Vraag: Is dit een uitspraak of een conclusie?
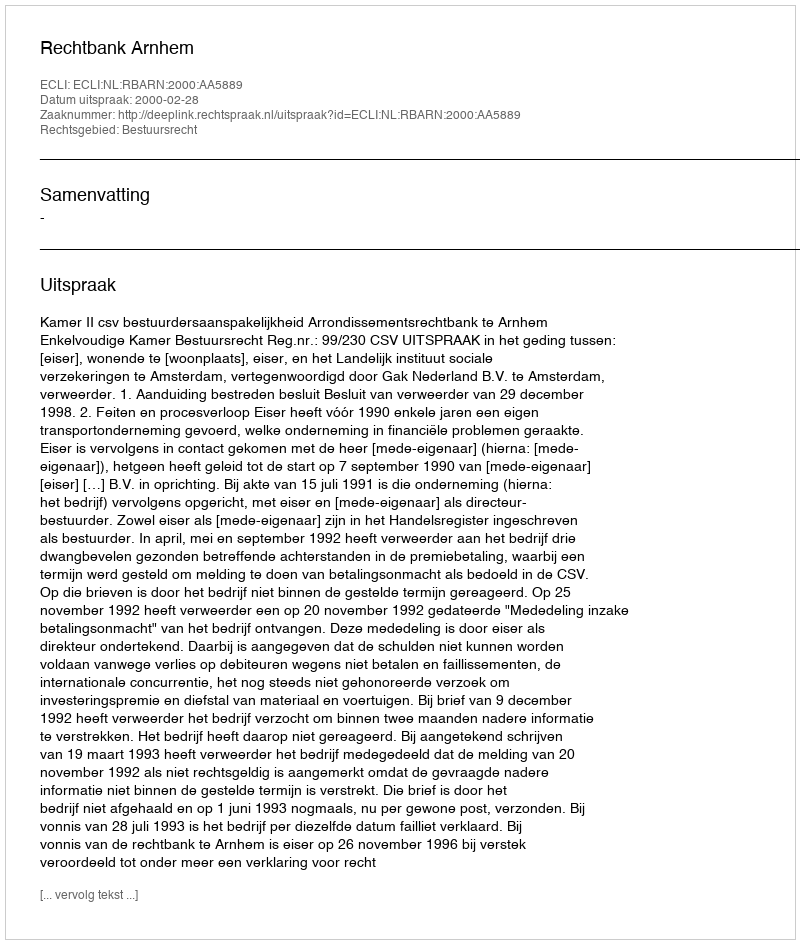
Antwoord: Uitspraak